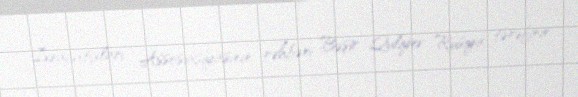
İxracatçıları Assosiasiyasının rəhbəri Bəşir Quliyev Rusiya tərəfinin